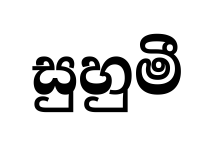
සුහුමී